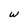
Character: w